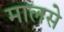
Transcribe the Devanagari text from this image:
मालसे